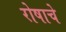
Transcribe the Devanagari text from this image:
रोषाचे